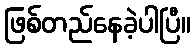
ဖြစ်တည်နေခဲ့ပါပြီ။